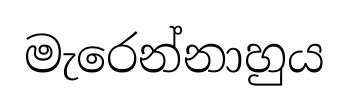
මැරෙන්නාහුය